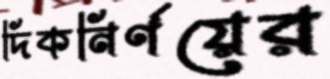
দিকনির্ণয়ের